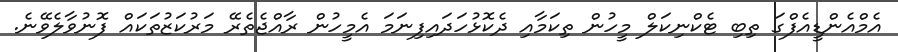
އެމްއެންޑީއެފްގަ ތިބި ޓެކްނިކަލް މީހުން ތިކަމާއި ދެކޮޅުހަދައިފިނަމަ އެމީހުން ރާއްޖެތެރޭ މަރުކަޒުތަކައް ފޮނުވާލެވޭނެ.